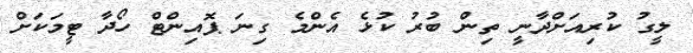
ލީގު ކުރިއަށްދާނީ ތިން ބުރު ކުޅެ އެންމެ ގިނަ ޕޮއިންޓް ހޯދާ ޓީމަކަށް